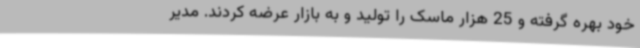
خود بهره گرفته و 25 هزار ماسک را تولید و به بازار عرضه کردند. مدیر